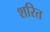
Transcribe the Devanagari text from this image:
शरित